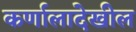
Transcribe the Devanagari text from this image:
कर्णालादेखील